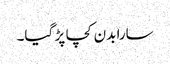
سارا بدن کچا پڑ گیا۔